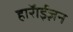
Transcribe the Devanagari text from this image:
हाॅराईज़न